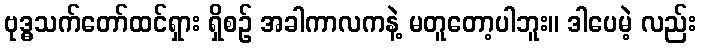
ဗုဒ္ဓသက်တော်ထင်ရှား ရှိစဉ် အခါကာလကနဲ့ မတူတော့ပါဘူး။ ဒါပေမဲ့ လည်း